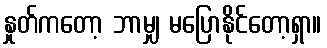
နှုတ်ကတော့ ဘာမျှ မပြောနိုင်တော့ရှာ။